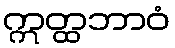
ဣတ္ထဘာဝံ